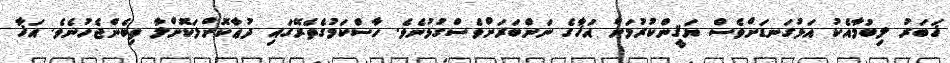
ޚަބަރު ލިބުމާއެކު އަޅުގަނޑަށްވެސް ޔަޤީންކުރުމަށް އަޚާގެ ނަންބަރަށްވެސްގުޅުނެވެ. ހާސްކަމުގެތެރޭގައި ދުޢާކޮށްލަކޮށްލާ ތިބެންޖެހުނެވެ. އަޚާ